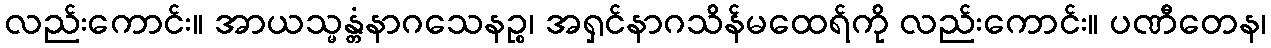
လည်းကောင်း။ အာယသ္မန္တံနာဂသေနဉ္စ၊ အရှင်နာဂသိန်မထေရ်ကို လည်းကောင်း။ ပဏီတေန၊